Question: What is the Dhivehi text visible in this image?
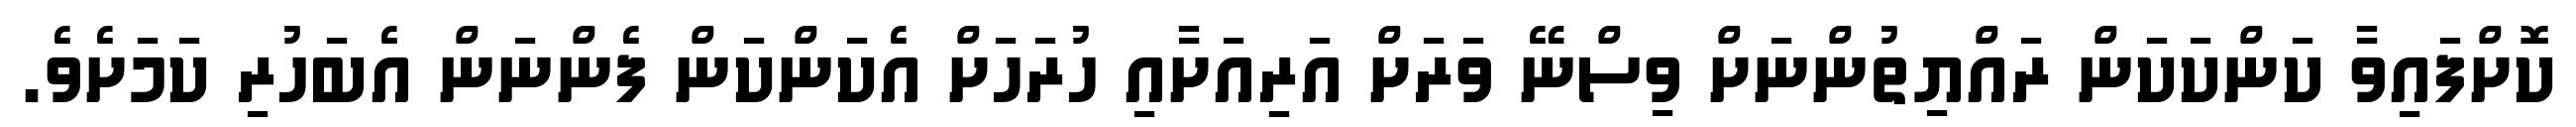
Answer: ކޮށްފައިވާ ކަންކަކަން ރައްޔިތުންނަށް ވިސްނޭ ވަރަށް އަރިއަށާއި ހުރަހަށް އެކަންކަން ފެންނަން އެބަހުރި ކަމަށެވެ.